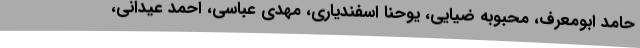
حامد ابومعرف، محبوبه ضیایی، یوحنا اسفندیاری، مهدی عباسی، احمد عیدانی،